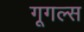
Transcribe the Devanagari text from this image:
गूगल्स